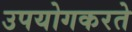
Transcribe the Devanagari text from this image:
उपयोगकरते